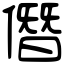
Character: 僭